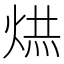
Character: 𭴹